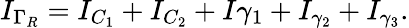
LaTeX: I_{\Gamma_{R}}=I_{C_{1}}+I_{C_{2}}+I{\gamma_{1}}+I_{\gamma_{2}}+I_{\gamma_{3}}.